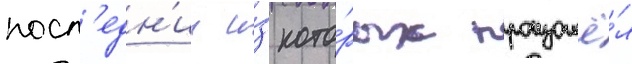
посл'едн'ии и́з кото́рых произошё́л